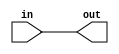
module f1_test(input in, output out);
assign out = in;
endmodule